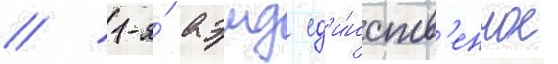
// 1-я́ аэмд ед'и́нств'енное